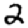
Digit: 2